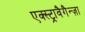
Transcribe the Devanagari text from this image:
एक्स्ट्रावैगैन्ज़ा